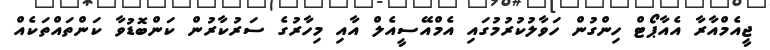
ޖީއެމްއާރާ އެއާޕޯޓް ހިންގުން ހަވާލުކުރުމުގައި އެމްއޭސީއެލް އާއި މިހާރުގެ ސަރުކާރުން ކަންބޮޑުވާ ކަންތައްތަކެއް